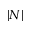
| N |